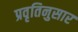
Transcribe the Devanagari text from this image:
प्रवृतिनुसार